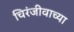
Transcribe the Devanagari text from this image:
चिरंजीवाच्या